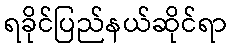
ရခိုင်ပြည်နယ်ဆိုင်ရာ